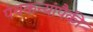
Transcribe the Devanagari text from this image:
पंचकन्यांपैकी